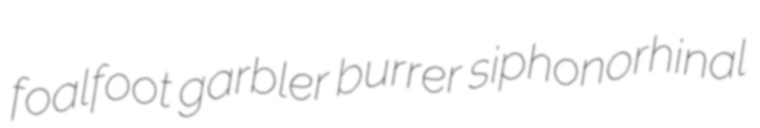
foalfoot garbler burrer siphonorhinal